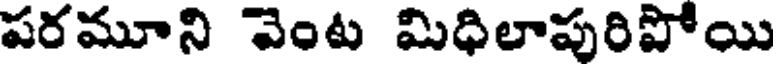
పరమూని వెంట మిధిలాపురిపోయి